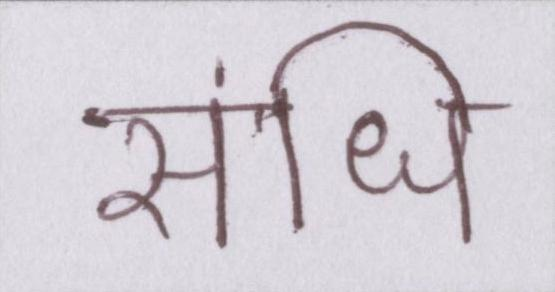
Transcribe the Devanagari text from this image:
संधि